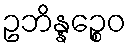
ဥဘိန္နဉ္စေဝ